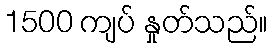
1500 ကျပ် နှုတ်သည်။